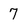
Character: 7